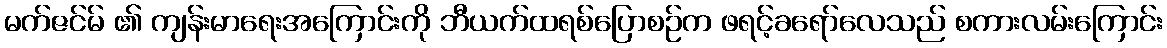
မက်ဇင်မ် ၏ ကျန်းမာရေးအကြောင်းကို ဘီယက်ထရစ်ပြောစဉ်က ဖရင့်ခရော်လေသည် စကားလမ်းကြောင်း